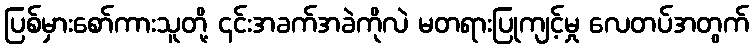
ပြစ်မှားစော်ကားသူတို့ ၎င်းအခက်အခဲကိုလဲ မတရားပြုကျင့်မှု လေတပ်အတွက်